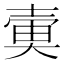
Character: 𡔱